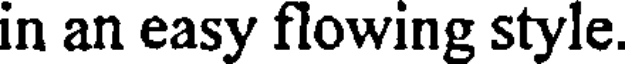
in an easy flowing style.